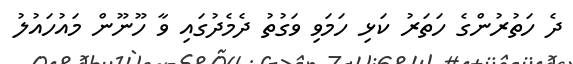
ދެ ހަތުރުންގެ ހަތަރު ކަޅި ހަމަވި ވަގުތު ދެމެދުގައި ވާ ހޫނޫން މައުހައުލު